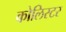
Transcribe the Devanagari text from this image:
कोलिस्टर